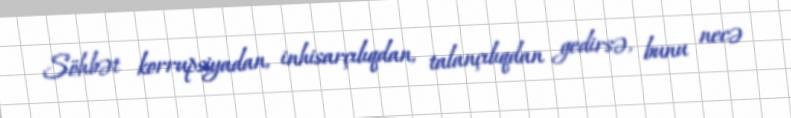
Söhbət korrupsiyadan, inhisarçılıqdan, talançılıqdan gedirsə, bunu necə